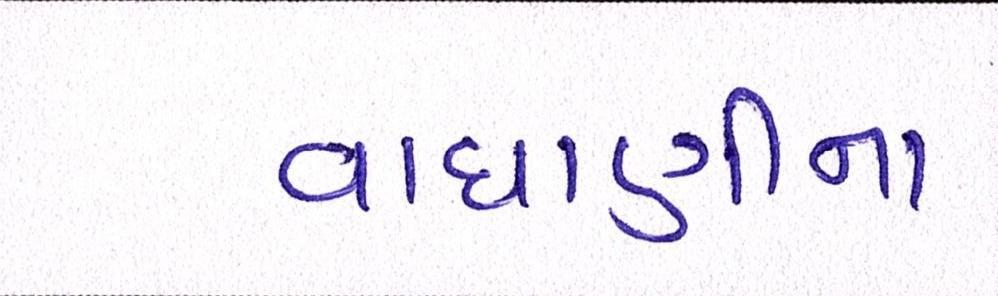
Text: વાઘાણીના